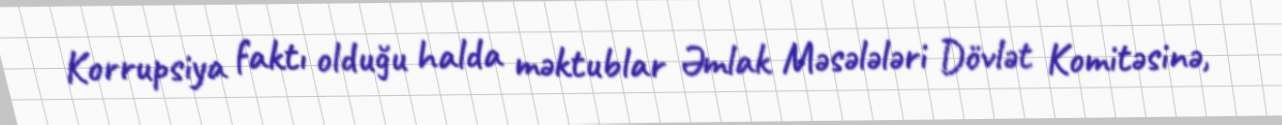
Korrupsiya faktı olduğu halda məktublar Əmlak Məsələləri Dövlət Komitəsinə,